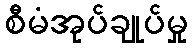
စီမံအုပ်ချုပ်မှု